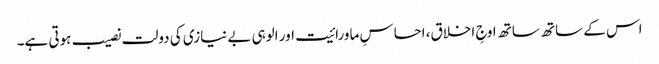
اس کے ساتھ ساتھ اوجِ اخلاق، احساسِ ماورائیت اور الوہی بے نیازی کی دولت نصیب ہوتی ہے۔